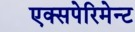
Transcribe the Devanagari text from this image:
एक्सपेरिमेन्ट